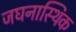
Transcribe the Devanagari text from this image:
जघनास्थिक